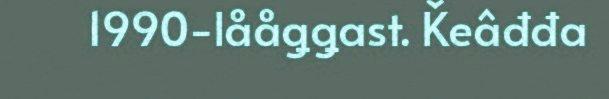
1990-lååǥǥast. Ǩeâđđa